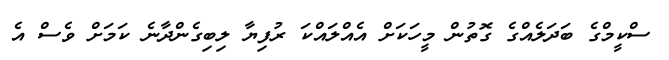
ސްކީމްގެ ބަދަލެއްގެ ގޮތުން މީހަކަށް އެއްލައްކަ ރުފިޔާ ލިބިގެންދާނެ ކަމަށް ވެސް އެ